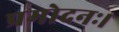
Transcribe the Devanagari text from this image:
प्रमोदनः।